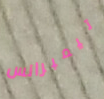
تيمبرانس